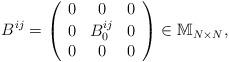
LaTeX: \begin{align*}B^{ij}=\left(\begin{array}{ccc}0&0&0\\0&B_{0}^{ij}&0\\0&0&0\\\end{array}\right)\in\mathbb{M}_{N\times N},\end{align*}